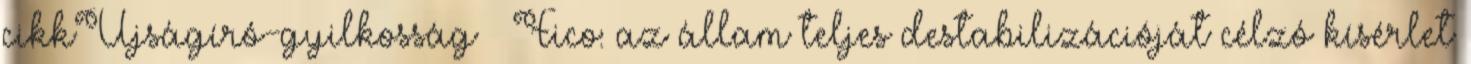
cikkÚjságíró-gyilkosság – Fico: az állam teljes destabilizációját célzó kísérlet